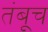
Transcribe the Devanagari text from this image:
तंबूच